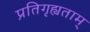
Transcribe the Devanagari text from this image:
प्रतिगृह्यताम्